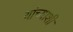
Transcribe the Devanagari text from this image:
यांच्याशीं